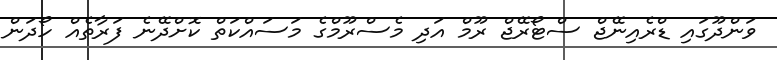
ވަންދޫގައި ޑްރެއިނޭޖް ސްޓޯރޭޖް ރޫމް އަދި މެސްރޫމްގެ މަސައްކަތް ކޮށްދޭނެ ފަރާތެއް ހޯދަން